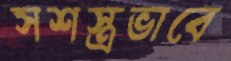
সশস্ত্রভাবে